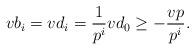
LaTeX: \begin{align*} vb_i=vd_i=\frac{1}{p^i}vd_0\geq -\frac{vp}{p^i}.\end{align*}